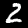
Digit: 2